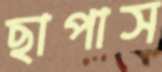
ছাপাস